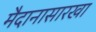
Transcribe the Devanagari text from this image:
मैदानासारखा